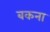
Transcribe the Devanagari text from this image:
बकना